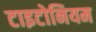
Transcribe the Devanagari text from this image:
टाइटोनियम